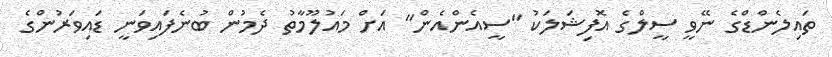
ތައިލެންޑްގެ ނޭވީ ސީލްގެ އޮފިޝަލަކު "ސީއެންއެން" އަށް މައުލޫމާތު ދެމުން ބުނެފައިވަނީ ޑައިވަރުންގެ